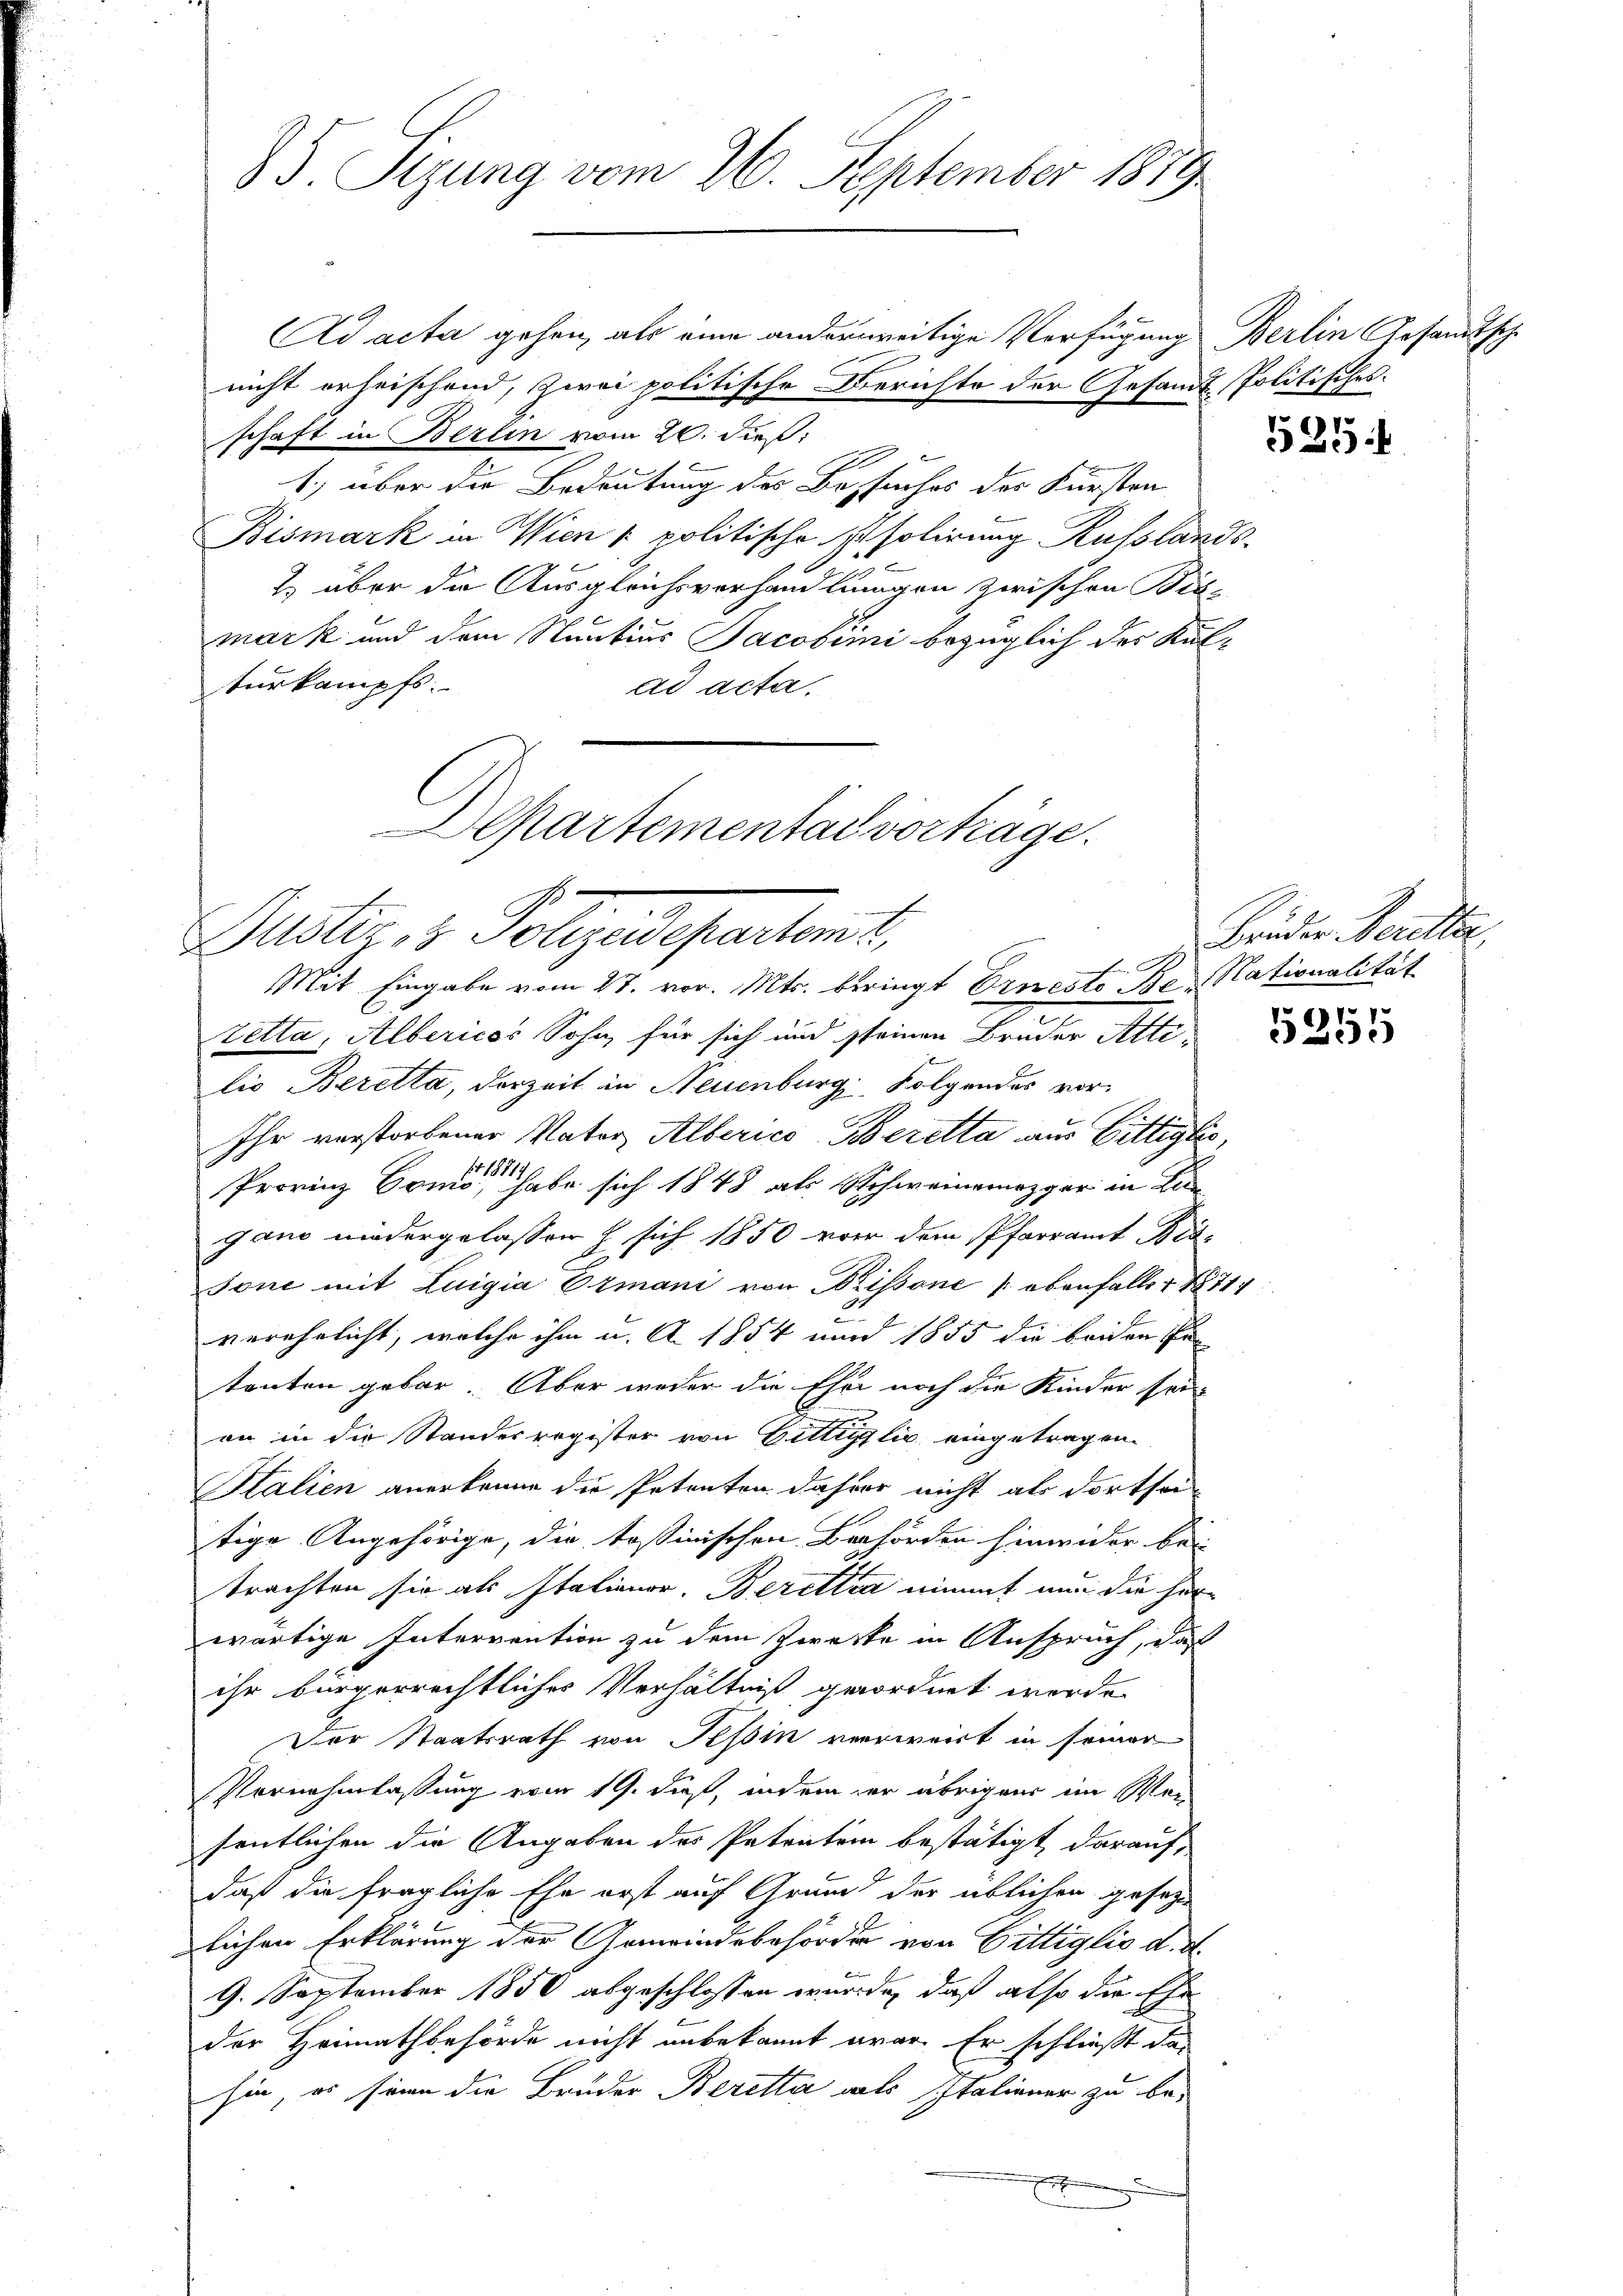
85. Sizung vom 26. September 1879.

Ad acta gehen, als eine anderweitige Verfügung Berlin Gesandtsche
nicht erheischend, zwei politische Berichte der Gesandt-Politisches
schaft in Berlin vom 20. dieß:
1) über die Bedeutung des Besuches der Fürsten
Bismark in Wien politische Eisolirung Russlands¬
2) über die Ausgleichsverhandlungen zwischen Bis-
mark und dem Nuntius Jacobimi bezüglich der Kulturkampfs
ad acta.
Zetta, Albericos Sohn, für sich und seinen Bruder Altilio Beretta, derzeit in Neuenburg, Folgendes vor¬
Ihr verstorbener Nator Alberico Beretta aus Bittiglio,
Provinz Como habe sich 1848 als Schweinemezger in Lie
gano niedergelassen h sich 1850 von dem Pfarramt Bes¬
Tone mit Luigia Ermani von Brissone ebenfalls + 1871
9.
verehelicht, welche ihm u. A. 1854 und 1855 die beiden hin
tanten gebar. Aber weder die Ehe noch die Kinder sei-
on in die Standesregister von Gittiglio eingetragen.
Italien anerkenne die Petenten dahier nicht als dortsei-
tige Angehörige, die tessinischen Behörden hinwider bei
trachten sie als Italionor. Beretten nimmt nun die her-
wärtige Intervention zu dem Zwecke in Anspruch, daß
ihr bürgerrechtlicher Verhältniß geordnet werde.
Der Staatsrath von Tessin verweist in seiner
Vornehmlassung vom 19. dieß, indem er übrigens im Wei
sentlichen die Angaben des Patentein bestätigt, darauf,
daß die fragliche Ehe erst auf Grund der üblichen gesagen
lichen Erklärung der Gemeindebehörder von Gittiglio d. d.
9. September 1850 abgeschlossen wurde, daß also die Ehe
der Heimathbehörde nicht unbekannt war. Er schließt das
hin, es seinen die Brüder Beretta als Italiener zu be¬
E

Departemental vorträge.
Puster, v. Polizeiseparteme
Mit Eingabe vom 27. vor. Mts. beringt Ernesto Be Nationalität

535

Brüder Beretter,

5355